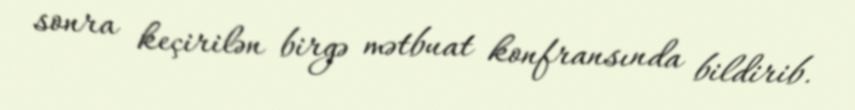
sonra keçirilən birgə mətbuat konfransında bildirib.